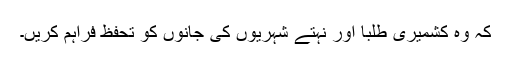
کہ وہ کشمیری طلبا اور نہتے شہریوں کی جانوں کو تحفظ فراہم کریں۔